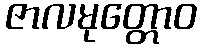
ဇာလမုတ္တောဝ